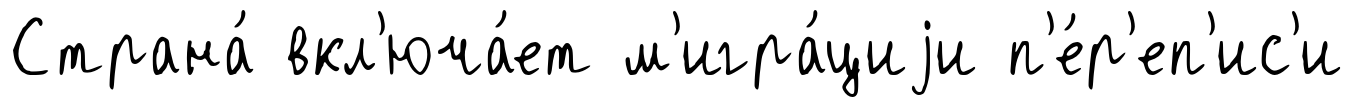
Страна́ вкл'юча́ет м'игра́циjи п'е́р'еп'ис'и